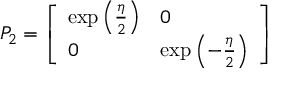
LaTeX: P _ { 2 } = { \left[ \begin{array} { l l } { \exp \left( { \frac { \eta } { 2 } } \right) } & { 0 } \\ { 0 } & { \exp \left( - { \frac { \eta } { 2 } } \right) } \end{array} \right] }